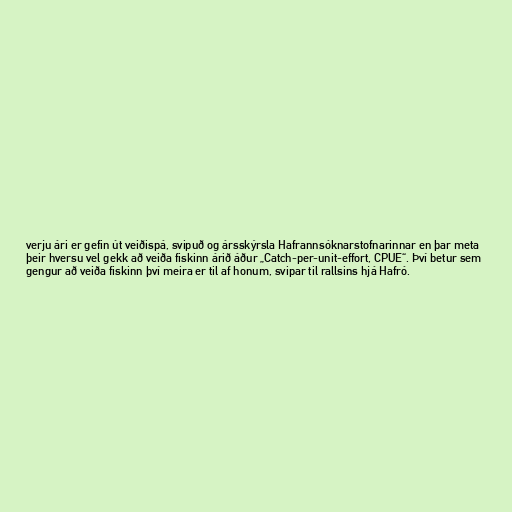
verju ári er gefin út veiðispá, svipuð og ársskýrsla Hafrannsóknarstofnarinnar en þar meta
þeir hversu vel gekk að veiða fiskinn árið áður „Catch-per-unit-effort, CPUE“. Því betur sem
gengur að veiða fiskinn því meira er til af honum, svipar til rallsins hjá Hafró.